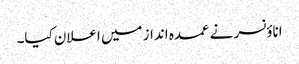
اناؤنسر نے عمدہ انداز میں اعلان کیا۔